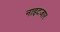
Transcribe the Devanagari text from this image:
नाइटजार